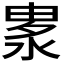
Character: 𣷛